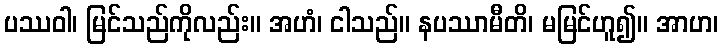
ပဿဝါ၊ မြင်သည်ကိုလည်း။ အဟံ၊ ငါသည်။ နပဿာမီတိ၊ မမြင်ဟူ၍။ အာဟ၊